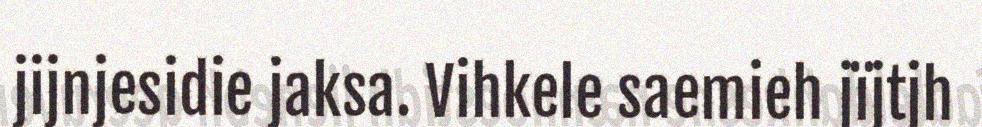
jijnjesidie jaksa. Vihkele saemieh jïjtjh